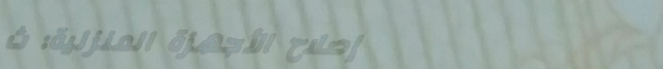
إصلاح الأجهزة المنزلية: ث